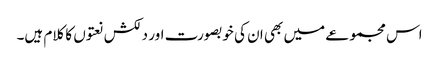
اس مجموعے میں بھی ان کی خوبصورت اور دلکش نعتوں کا کلام ہیں۔